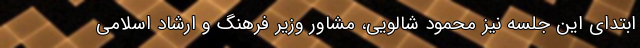
ابتدای این جلسه نیز محمود شالویی، مشاور وزیر فرهنگ و ارشاد اسلامی